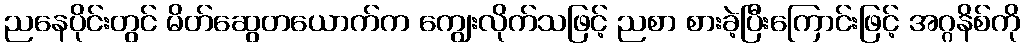
ညနေပိုင်းတွင် မိတ်ဆွေတယောက်က ကျွေးလိုက်သဖြင့် ညစာ စားခဲ့ပြီးကြောင်းဖြင့် အဂ္ဂနိစ်ကို